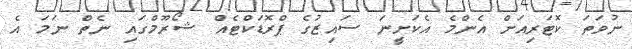
ނުވަތަ ކޮޓަރިއަށް އެންމެ އެކަށީނަ ސައިޒުގެ ޕްރޮޑަކްޓެއް ޝޯރޫމްގައި ނެތް ނަމަ އެ